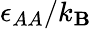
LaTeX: \epsilon_{AA}/k_{\mathbf{B}}